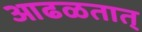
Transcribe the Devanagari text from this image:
आढळतात्